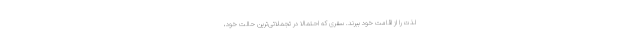
لذت را از اقامت خود ببرند. سفری که احتمالا در تجملاتی‌ترین حالت خود،